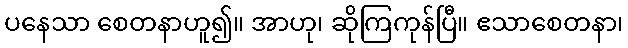
ပနေသာ စေတနာဟူ၍။ အာဟု၊ ဆိုကြကုန်ပြီ။ ဧသာစေတနာ၊